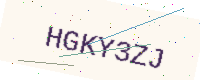
Text: HGKY3ZJ